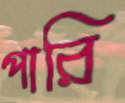
পারি